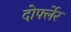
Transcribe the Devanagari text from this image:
दोर्फ्लेर